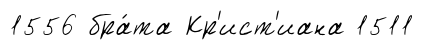
1556 бра́та Кр'ист'иана 1511